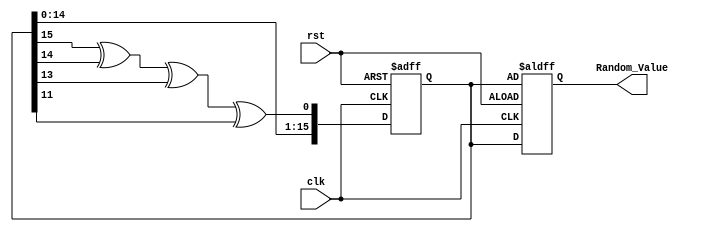
module Random_Initialization (
    input wire clk,
    input wire rst,
    output reg [15:0] Random_Value // Output register for random value (16-bit)
);

    // Internal parameters
    reg [15:0] seed; // Seed for random number generation
    reg [15:0] lfsr; // LFSR register

    // LFSR feedback polynomial (example: x^16 + x^14 + x^13 + x^11 + 1)
    wire feedback = lfsr[15] ^ lfsr[14] ^ lfsr[13] ^ lfsr[11];

    // Initial block for setting the initial seed value
    initial begin
        seed = 16'hACE1; // Initial seed value for repeatability; can be changed
        lfsr = seed;     // Initialize LFSR with the seed
        Random_Value = 16'b0; // Initialize output
    end

    // Always block for random value generation on reset
    always @(posedge clk or posedge rst) begin
        if (rst) begin
            // Reset state
            lfsr <= seed;  // Reset LFSR to the seed
            Random_Value <= lfsr; // Initialize Random_Value with the first LFSR value
        end else begin
            // Shift the LFSR and generate the next random value
            lfsr <= {lfsr[14:0], feedback}; // Shift left and insert feedback bit
            Random_Value <= lfsr; // Update Random_Value
        end
    end

endmodule